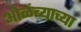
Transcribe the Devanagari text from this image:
ओळंब्याच्या